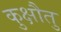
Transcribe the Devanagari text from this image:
कुक्षौतु